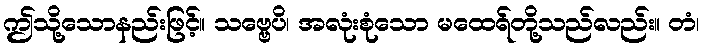
ဤသို့သောနည်းဖြင့်။ သဗ္ဗေပိ၊ အလုံးစုံသော မထေရ်တို့သည်လည်း။ တံ၊